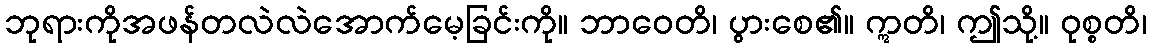
ဘုရားကိုအဖန်တလဲလဲအောက်မေ့ခြင်းကို။ ဘာဝေတိ၊ ပွားစေ၏။ ဣတိ၊ ဤသို့။ ဝုစ္စတိ၊